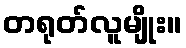
တရုတ်လူမျိုး။